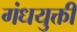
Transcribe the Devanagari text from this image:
गंधयुक्ती